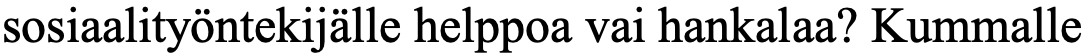
sosiaalityöntekijälle helppoa vai hankalaa? Kummalle